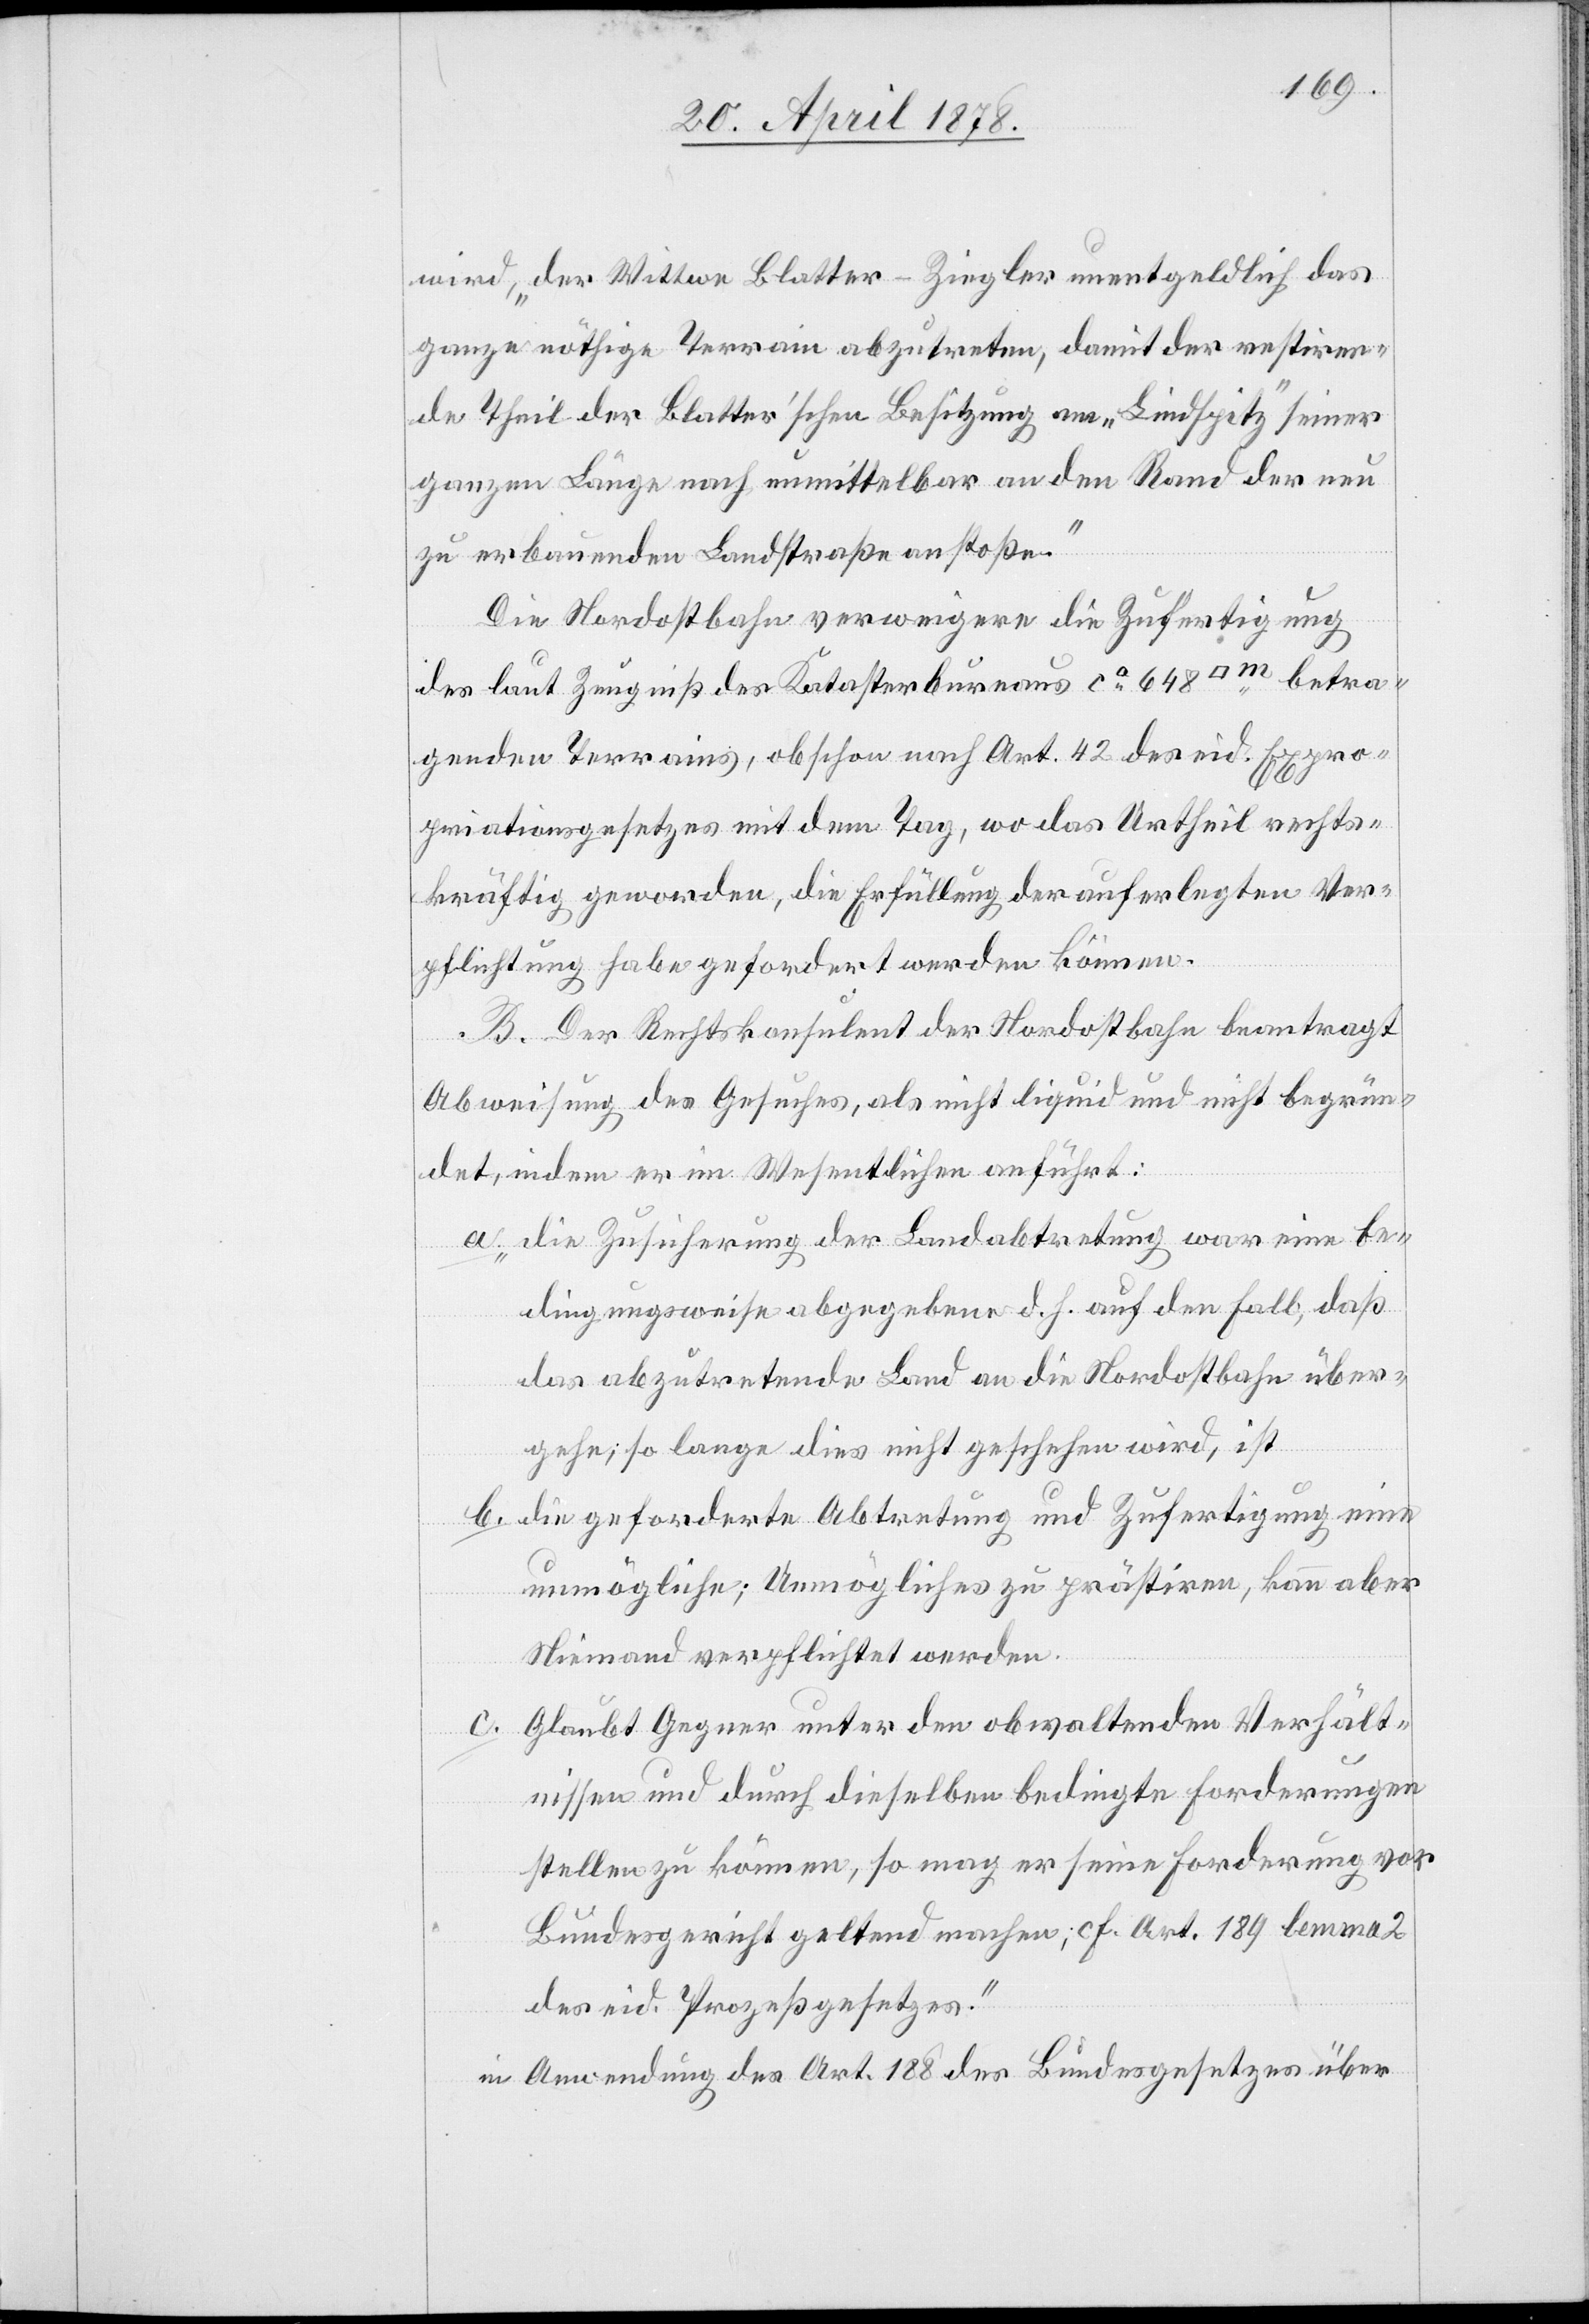
wird, „der Wittwe Blatter-Ziegler unentgeldlich das
ganze nöthige Terrain abzutreten, damit der restiren¬
de Theil der Blatter’schen Besitzung am „Lindspitz“ seiner
ganzen Länge nach unmittelbar an den Rand der neu
zu erbauenden Landstraße anstoße.“
Die Nordostbahn verweigere die Zufertigung
des laut Zeugniß des Katasterbureaus ca 648 [Quadratmeter] betra¬
genden Terrains, obschon nach Art. 42 des eid. Expro¬
priationsgesetzes mit dem Tag, wo das Urtheil rechts¬
kräftig geworden, die Erfüllung der auferlegten Ver¬
pflichtung habe gefordert werden können.
B. Der Rechtskonsulent der Nordostbahn beantragt
Abweisung des Gesuches, als nicht liquid und nicht begrün¬
det, indem er im Wesentlichen anführt:
„die Zusicherung der Landabtretung war eine be¬
dingungsweise abgegebene d. h. auf den Fall, daß
das abzutretende Land an die Nordostbahn über¬
gehe; so lange dies nicht geschehen wird, ist
die geforderte Abtretung und Zufertigung eine
unmögliche; Unmögliches zu prästiren, kann aber
Niemand verpflichtet werden.
Glaubt Gegner unter den obwaltenden Verhält¬
nissen und durch dieselben bedingte Forderungen
stellen zu können, so mag er seine Forderung vor
Bundesgericht geltend machen, cf. Art. 189 lemma 2
des eid. Prozeßgesetzes.“
in Anwendung des Art. 188 des Bundesgesetzes über